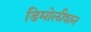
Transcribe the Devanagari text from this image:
डिमोलीशन